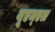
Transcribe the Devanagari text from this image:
यूएम्एल